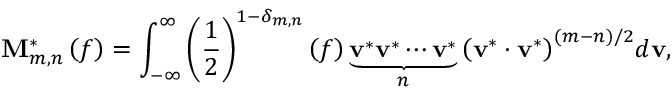
{ \bf { M } } _ { m , n } ^ { * } \left( f \right) = \int _ { - \infty } ^ { \infty } { { { \left( { \frac { 1 } { 2 } } \right) } ^ { 1 - { \delta _ { m , n } } } } \left( f \right) \underbrace { { { \bf { v } } ^ { * } } { { \bf { v } } ^ { * } } \cdots { { \bf { v } } ^ { * } } } _ { n } { { \left( { { { \bf { v } } ^ { * } } \cdot { { \bf { v } } ^ { * } } } \right) } ^ { \left( { m - n } \right) / 2 } } d { \bf { v } } } ,